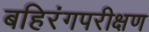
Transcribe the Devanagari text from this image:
बहिरंगपरीक्षण